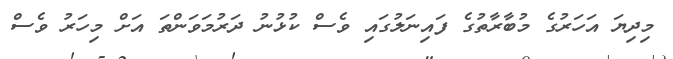
މިދިޔަ އަހަރުގެ މުބާރާތުގެ ފައިނަލުގައި ވެސް ކުޅުނު ދަރުމަވަންތަ އަށް މިހަރު ވެސް